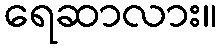
ရေဆာလား။